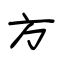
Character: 方